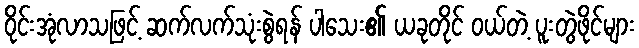
ဝိုင်းအုံလာသဖြင့် ဆက်လက်သုံးစွဲရန် ပါသေး၏ ယခုတိုင် ဝယ်တဲ့ ပူးတွဲဖိုင်များ